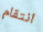
انتقام